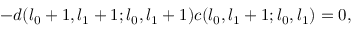
- d ( l _ { 0 } + 1 , l _ { 1 } + 1 ; l _ { 0 } , l _ { 1 } + 1 ) c ( l _ { 0 } , l _ { 1 } + 1 ; l _ { 0 } , l _ { 1 } ) = 0 ,